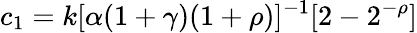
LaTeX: c_{1}=k[\alpha(1+\gamma)(1+\rho)]^{-1}[2-2^{-\rho}]